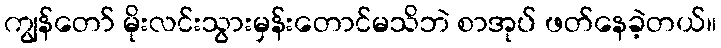
ကျွန်တော် မိုးလင်းသွားမှန်းတောင်မသိဘဲ စာအုပ် ဖတ်နေခဲ့တယ်။